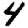
Digit: 4